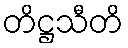
တိဋ္ဌသီတိ